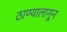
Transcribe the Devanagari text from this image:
ठाण्यालागून